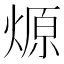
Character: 㷧